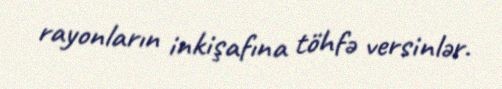
rayonların inkişafına töhfə versinlər.